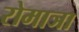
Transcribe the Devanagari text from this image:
रोमाञा